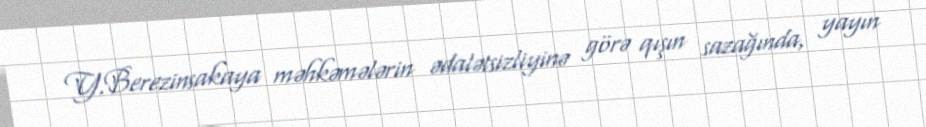
Y.Berezinsakaya məhkəmələrin ədalətsizliyinə görə qışın sazağında, yayın